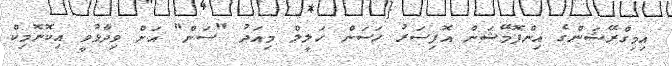
އިމިގްރޭޝަންގެ އިންފޮމޭޝަން އޮފިސަރު ހަސަން ހަލީލް މިއަދު "ސަން" އަށް ވިދާޅުވީ އިކޮނޮމިކް